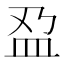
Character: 𫞯